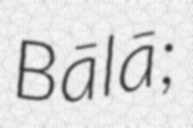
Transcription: Bālā;